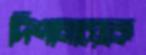
দিশানায়েকে